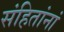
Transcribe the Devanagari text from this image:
संहितांनां